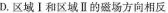
D.区域Ⅰ和区域Ⅱ的磁场方向相反